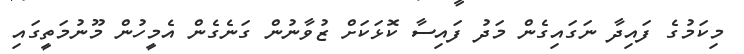
މިކަމުގެ ފައިދާ ނަގައިގެން މަދު ފައިސާ ކޮޅަކަށް ޒުވާނުން ގަނެގެން އެމީހުން މޫނުމަތީގައި